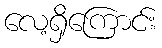
လေ့ရှိကြောင်း